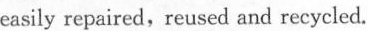
easily repaired, reused and recycled.